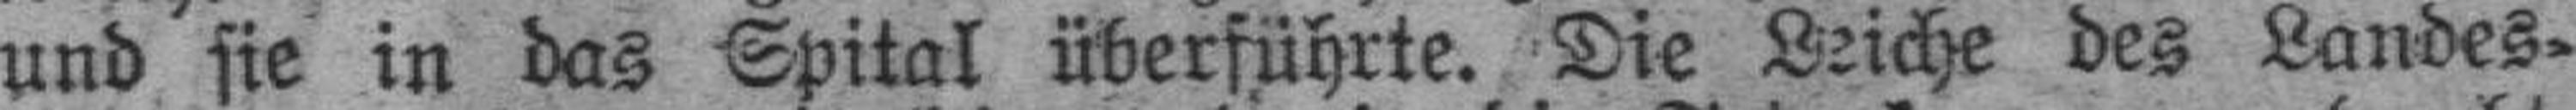
und sie in das Spital überführte. Die Leiche des Landes¬